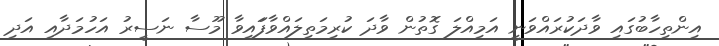
އިންތިހާބުގައި ވާދަކުރައްވަނީ އަމިއްލަ ގޮތުން ވާދަ ކުރިމަތިލައްވާފަައިވާ މޫސާ ނަސީރު އަހުމަދާއި އަދި